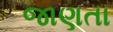
જાણતા